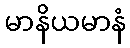
မာနိယမာနံ